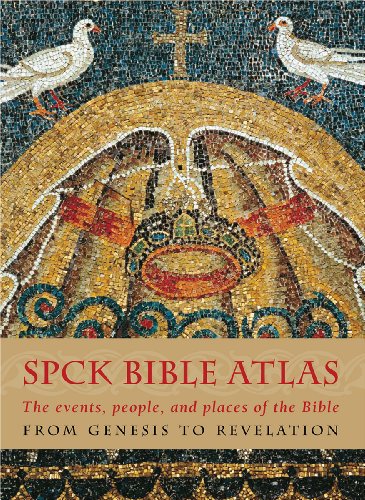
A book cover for The SPCK Bible Atlas: The Events, People and Places of the Bible  from Genesis to Revelation; Christian Books & Bibles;